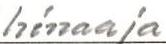
hinaaja